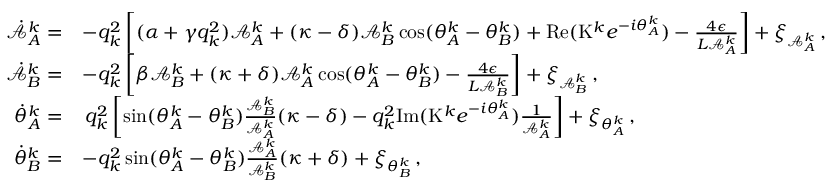
\begin{array} { r l } { \dot { \mathcal { A } } _ { A } ^ { k } = } & { - q _ { k } ^ { 2 } \left[ ( \alpha + \gamma q _ { k } ^ { 2 } ) \mathcal { A } _ { A } ^ { k } + ( \kappa - \delta ) \mathcal { A } _ { B } ^ { k } \cos ( \theta _ { A } ^ { k } - \theta _ { B } ^ { k } ) + \mathrm { R e } ( \mathrm { K } ^ { k } e ^ { - i \theta _ { A } ^ { k } } ) - \frac { 4 \epsilon } { L \mathcal { A } _ { A } ^ { k } } \right] + \xi _ { \mathcal { A } _ { A } ^ { k } } \, , } \\ { \dot { \mathcal { A } } _ { B } ^ { k } = } & { - q _ { k } ^ { 2 } \left[ \beta \mathcal { A } _ { B } ^ { k } + ( \kappa + \delta ) \mathcal { A } _ { A } ^ { k } \cos ( \theta _ { A } ^ { k } - \theta _ { B } ^ { k } ) - \frac { 4 \epsilon } { L \mathcal { A } _ { B } ^ { k } } \right] + \xi _ { \mathcal { A } _ { B } ^ { k } } \, , } \\ { \dot { \theta } _ { A } ^ { k } = } & { \, q _ { k } ^ { 2 } \left[ \sin ( \theta _ { A } ^ { k } - \theta _ { B } ^ { k } ) \frac { \mathcal { A } _ { B } ^ { k } } { \mathcal { A } _ { A } ^ { k } } ( \kappa - \delta ) - q _ { k } ^ { 2 } \mathrm { I m } ( \mathrm { K } ^ { k } e ^ { - i \theta _ { A } ^ { k } } ) \frac { 1 } { \mathcal { A } _ { A } ^ { k } } \right] + \xi _ { \theta _ { A } ^ { k } } \, , } \\ { \dot { \theta } _ { B } ^ { k } = } & { - q _ { k } ^ { 2 } \sin ( \theta _ { A } ^ { k } - \theta _ { B } ^ { k } ) \frac { \mathcal { A } _ { A } ^ { k } } { \mathcal { A } _ { B } ^ { k } } ( \kappa + \delta ) + \xi _ { \theta _ { B } ^ { k } } \, , } \end{array}